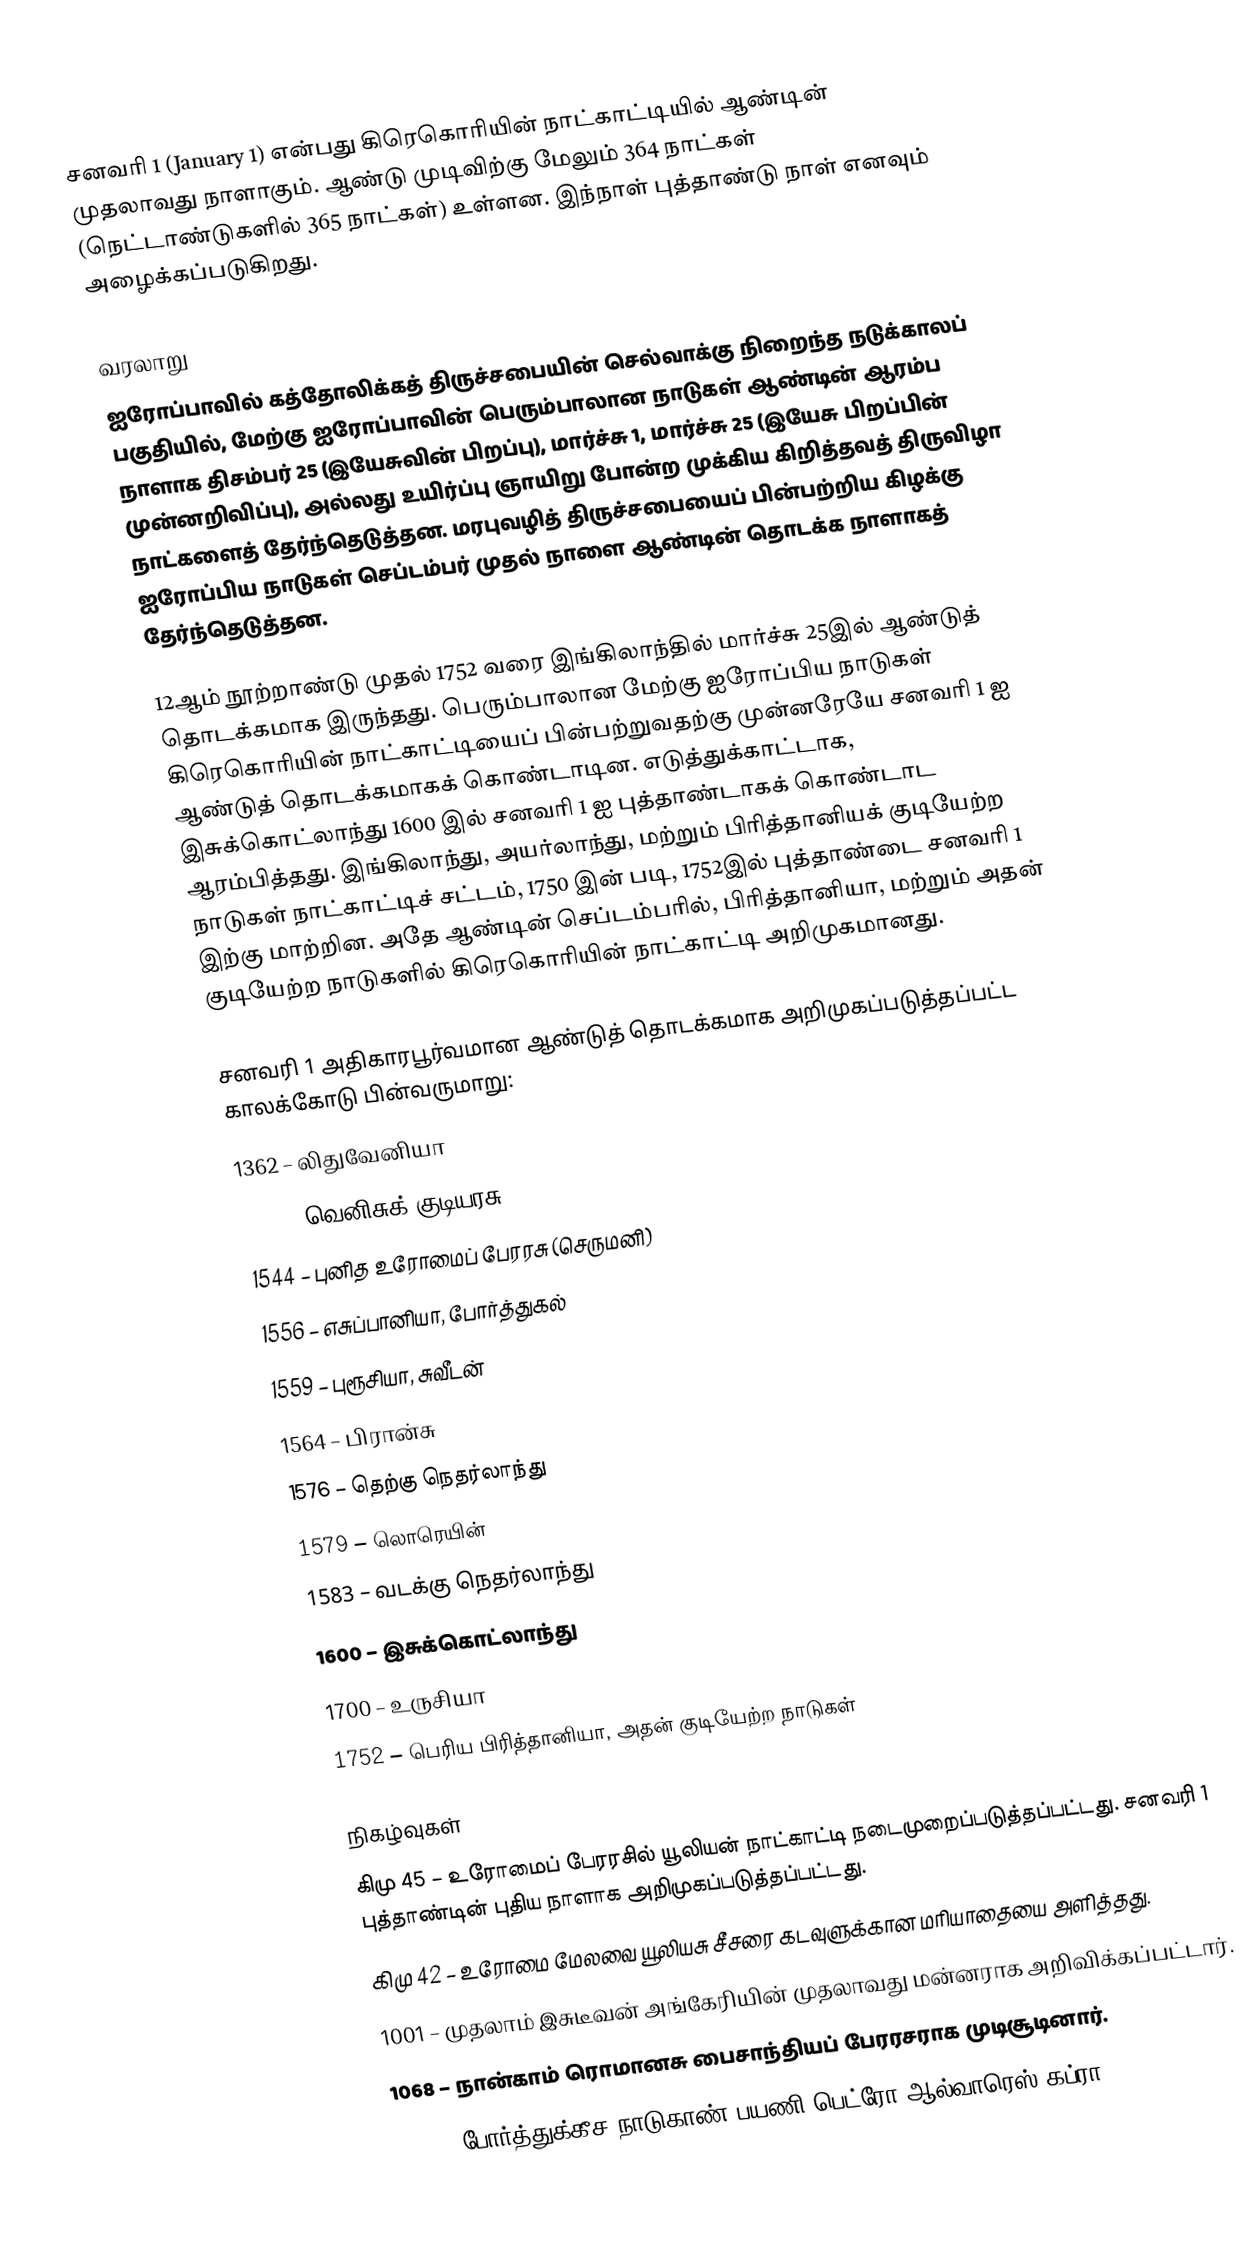
சனவரி 1 (January 1) என்பது கிரெகொரியின் நாட்காட்டியில் ஆண்டின் முதலாவது நாளாகும். ஆண்டு முடிவிற்கு மேலும் 364 நாட்கள் (நெட்டாண்டுகளில் 365 நாட்கள்) உள்ளன. இந்நாள் புத்தாண்டு நாள் எனவும் அழைக்கப்படுகிறது.

வரலாறு
ஐரோப்பாவில் கத்தோலிக்கத் திருச்சபையின் செல்வாக்கு நிறைந்த நடுக்காலப் பகுதியில், மேற்கு ஐரோப்பாவின் பெரும்பாலான நாடுகள் ஆண்டின் ஆரம்ப நாளாக திசம்பர் 25 (இயேசுவின் பிறப்பு), மார்ச்சு 1, மார்ச்சு 25 (இயேசு பிறப்பின் முன்னறிவிப்பு), அல்லது உயிர்ப்பு ஞாயிறு போன்ற முக்கிய கிறித்தவத் திருவிழா நாட்களைத் தேர்ந்தெடுத்தன. மரபுவழித் திருச்சபையைப் பின்பற்றிய கிழக்கு ஐரோப்பிய நாடுகள் செப்டம்பர் முதல் நாளை ஆண்டின் தொடக்க நாளாகத் தேர்ந்தெடுத்தன.

12ஆம் நூற்றாண்டு முதல் 1752 வரை இங்கிலாந்தில் மார்ச்சு 25இல் ஆண்டுத் தொடக்கமாக இருந்தது. பெரும்பாலான மேற்கு ஐரோப்பிய நாடுகள் கிரெகொரியின் நாட்காட்டியைப் பின்பற்றுவதற்கு முன்னரேயே சனவரி 1 ஐ ஆண்டுத் தொடக்கமாகக் கொண்டாடின. எடுத்துக்காட்டாக, இசுக்கொட்லாந்து 1600 இல் சனவரி 1 ஐ புத்தாண்டாகக் கொண்டாட ஆரம்பித்தது. இங்கிலாந்து, அயர்லாந்து, மற்றும் பிரித்தானியக் குடியேற்ற நாடுகள் நாட்காட்டிச் சட்டம், 1750 இன் படி, 1752இல் புத்தாண்டை சனவரி 1 இற்கு மாற்றின. அதே ஆண்டின் செப்டம்பரில், பிரித்தானியா, மற்றும் அதன் குடியேற்ற நாடுகளில் கிரெகொரியின் நாட்காட்டி அறிமுகமானது.

சனவரி 1 அதிகாரபூர்வமான ஆண்டுத் தொடக்கமாக அறிமுகப்படுத்தப்பட்ட காலக்கோடு பின்வருமாறு:
1362 – லிதுவேனியா
1522 – வெனிசுக் குடியரசு
1544 – புனித உரோமைப் பேரரசு (செருமனி)
1556 – எசுப்பானியா, போர்த்துகல்
1559 – புரூசியா, சுவீடன்
1564 – பிரான்சு
1576 – தெற்கு நெதர்லாந்து
1579 – லொரெயின்
1583 – வடக்கு நெதர்லாந்து
1600 – இசுக்கொட்லாந்து
1700 – உருசியா
1752 – பெரிய பிரித்தானியா, அதன் குடியேற்ற நாடுகள்

நிகழ்வுகள்
கிமு 45 – உரோமைப் பேரரசில் யூலியன் நாட்காட்டி நடைமுறைப்படுத்தப்பட்டது. சனவரி 1 புத்தாண்டின் புதிய நாளாக அறிமுகப்படுத்தப்பட்டது.
கிமு 42 – உரோமை மேலவை யூலியசு சீசரை கடவுளுக்கான மரியாதையை அளித்தது.
1001 – முதலாம் இசுடீவன் அங்கேரியின் முதலாவது மன்னராக அறிவிக்கப்பட்டார்.
1068 – நான்காம் ரொமானசு பைசாந்தியப் பேரரசராக முடிசூடினார்.
1502 – போர்த்துக்கீச நாடுகாண் பயணி பெட்ரோ ஆல்வாரெஸ் கப்ரா